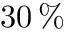
3 0 \, \%